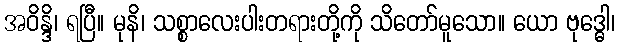
အဝိန္ဒိ၊ ရပြီ။ မုနိ၊ သစ္စာလေးပါးတရားတို့ကို သိတော်မူသော။ ယော ဗုဒ္ဓေါ၊